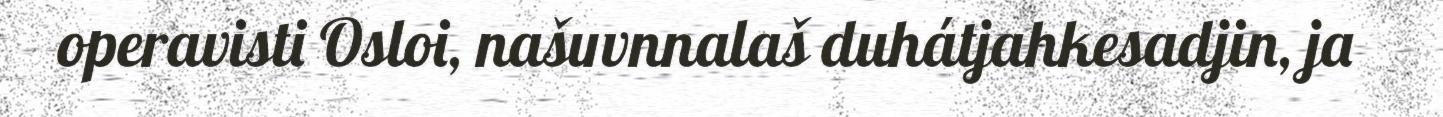
operavisti Osloi, našuvnnalaš duhátjahkesadjin, ja